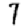
Digit: 7